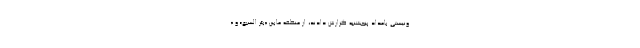
ونیستی بامداد پنجشنبه گزارش دادند، از منطقه مابین «بئر السبع» و «